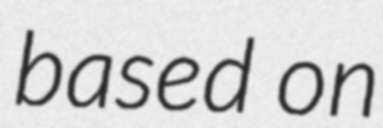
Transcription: based on